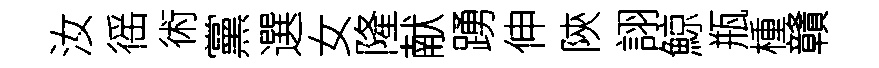
汝徭術黨選女隆献踴伸陝詡鯨瓶㮔贛